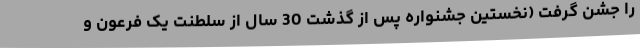
را جشن گرفت (نخستین جشنواره پس از گذشت 30 سال از سلطنت یک فرعون و